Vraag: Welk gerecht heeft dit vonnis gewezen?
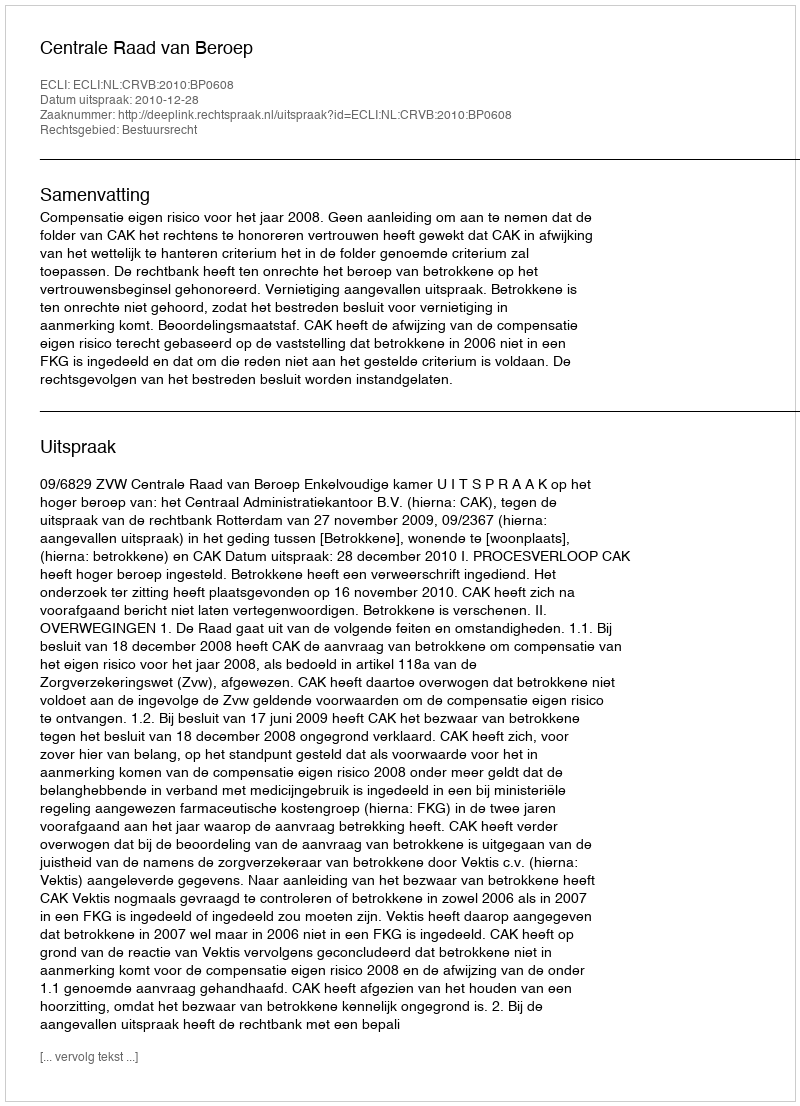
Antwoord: Centrale Raad van Beroep